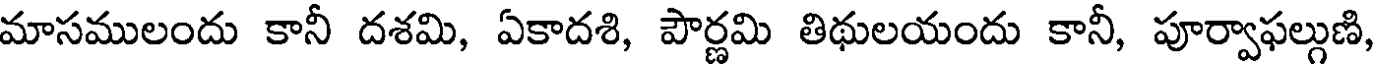
మాసములందు కానీ దశమి, ఏకాదశి, పౌర్ణమి తిథులయందు కానీ, పూర్వాఫల్గుణి,